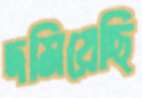
দমিয়েছি